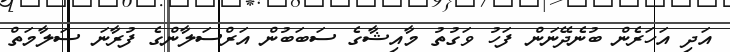
އަދި އަހަރެން ބުނެދޭނަން ފަހު ވަގުތު މާއިޝާގެ ސަބަބުން އަރްސަލާންގެ ފުރާނަ ސަލާމަތް